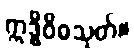
ဣဒ္ဓိဝိဓသုတ်။